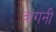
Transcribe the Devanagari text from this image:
वांगनी